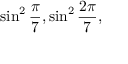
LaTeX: \sin ^ { 2 } { \frac { \pi } { 7 } } , \sin ^ { 2 } { \frac { 2 \pi } { 7 } } ,